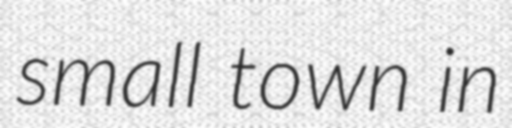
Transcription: small town in